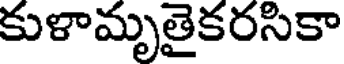
కుళామృతైకరసికా